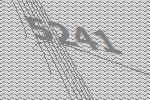
5241